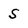
Character: S